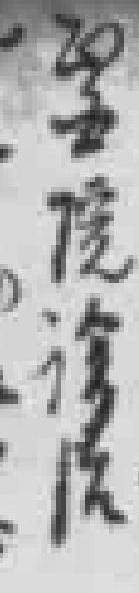
醫院診治